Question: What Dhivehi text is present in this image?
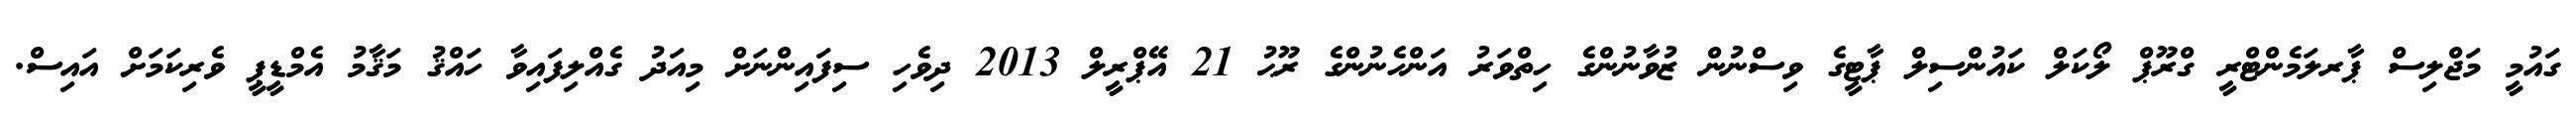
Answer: ގައުމީ މަޖްލިސް ޕާރލަމެންޓްރީ ގްރޫޕް ލޯކަލް ކައުންސިލް ޕާޓީގެ ވިސްނުން ޒުވާނުންގެ ހިތްވަރު އަންހެނުންގެ ރޫޙު 21 އޭޕްރީލް 2013 ދިވެހި ސިފައިންނަށް މިއަދު ގެއްލިފައިވާ ހައްޤު މަޤާމު އެމްޑީޕީ ވެރިކަމަށް އައިސް.